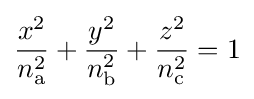
{\frac {x^{2}}{n_{\text{a}}^{2}}}+{\frac {y^{2}}{n_{\text{b}}^{2}}}+{\frac {z^{2}}{n_{\text{c}}^{2}}}=1